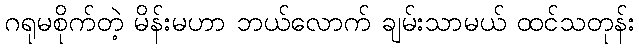
ဂရုမစိုက်တဲ့ မိန်းမဟာ ဘယ်လောက် ချမ်းသာမယ် ထင်သတုန်း